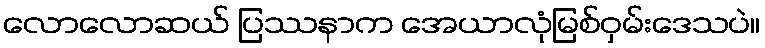
လောလောဆယ် ပြဿနာက အေယာလုံမြစ်ဝှမ်းဒေသပဲ။